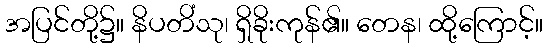
အပြင်တို့၌။ နိပတိံသု၊ ရှိခိုးကုန်၏။ တေန၊ ထို့ကြောင့်။